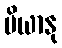
ပိယာနု